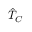
\hat { T } _ { C }